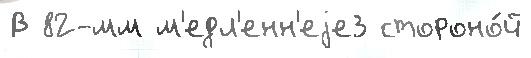
В 82-мм м'едл'енн'еjе3 стороно́й